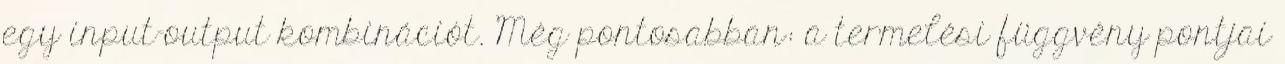
egy input–output kombinációt. Még pontosabban: a termelési függvény pontjai